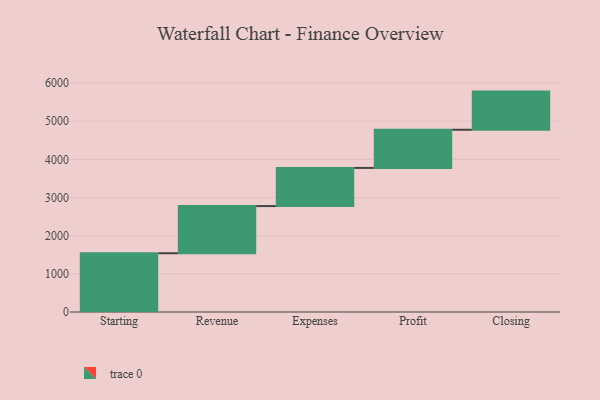
{"axis": {"x": "Step", "y": "Value"}, "legend": [""], "data": [{"x": "Starting", "y": 1540.0, "type": ""}, {"x": "Revenue", "y": 1236.0, "type": ""}, {"x": "Expenses", "y": 1000, "type": ""}, {"x": "Profit", "y": 1000, "type": ""}, {"x": "Closing", "y": 1000, "type": ""}]}